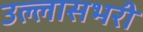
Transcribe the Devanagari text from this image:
उल्लासभरी